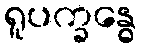
ရူပက္ခန္ဓေ